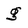
Character: g